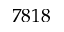
7 8 1 8